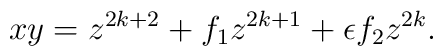
xy=z^{2k+2}+f_1z^{2k+1}+\epsilon f_2z^{2k}.